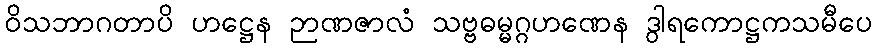
ဝိသဘာဂတာပိ ဟဋ္ဌေန ဉာဏဇာလံ သဗ္ဗဓမ္မဂ္ဂဟဏေန ဒွါရကောဋ္ဌကသမီပေ